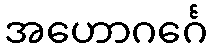
အဟောဂင်္ဂေ